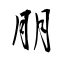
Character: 朋